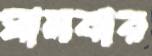
ঘামবার